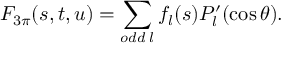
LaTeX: F _ { 3 \pi } ( s , t , u ) = \sum _ { o d d \; l } f _ { l } ( s ) P _ { l } ^ { \prime } ( \cos \theta ) .